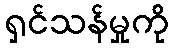
ရှင်သန်မှုကို